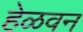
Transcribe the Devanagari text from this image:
हेळवन